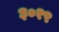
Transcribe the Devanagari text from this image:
३०१९